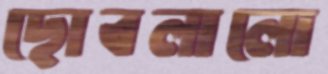
ছোবলালো